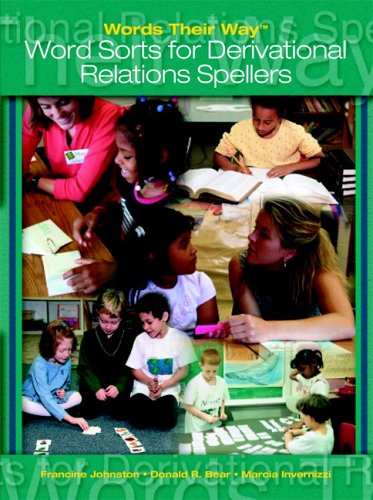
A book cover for Words Their Way: Words Sorts for Derivational Relations Spellers; Francine Johnston; Reference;